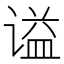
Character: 谥